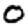
Digit: 0